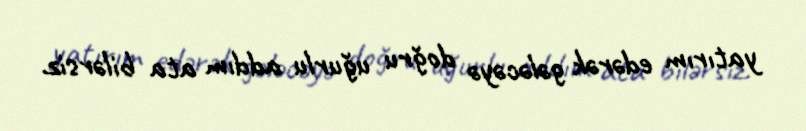
yatırım edərək gələcəyə doğru uğurlu addım ata bilərsiz.